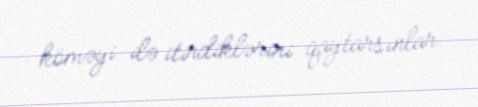
köməyi ilə itirdiklərini qaytarsınlar.